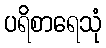
ပရိစာရေသုံ